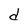
Character: d